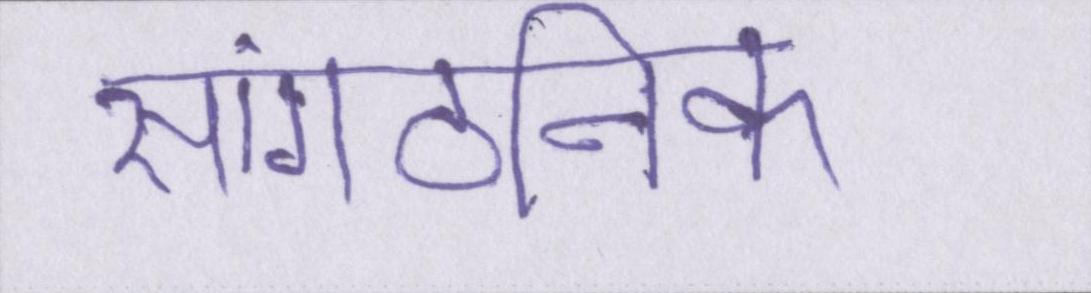
सांगठनिक